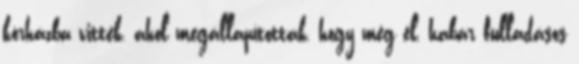
kórházba vitték, ahol megállapították, hogy még él, habár fulladásos